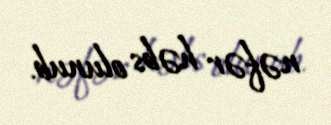
nəfər həbs olunub.